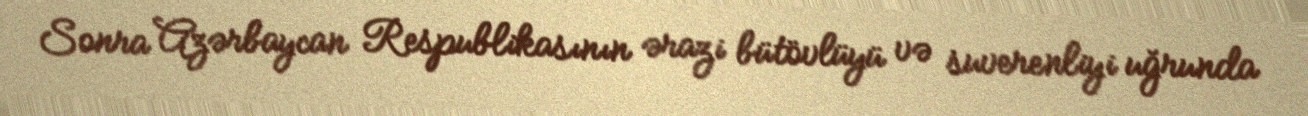
Sonra Azərbaycan Respublikasının ərazi bütövlüyü və suverenliyi uğrunda